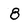
Character: 8